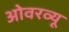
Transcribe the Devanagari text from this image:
ओवरव्यू